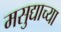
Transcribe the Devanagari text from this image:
मसुद्याच्या